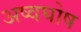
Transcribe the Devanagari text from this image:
अष्वघोष